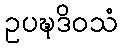
ဥပဍ္ဎဒိဝသံ